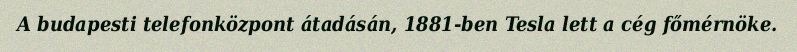
A budapesti telefonközpont átadásán, 1881-ben Tesla lett a cég főmérnöke.